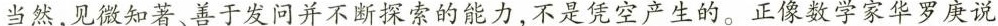
当然，见微知著、善于发问并不断探索的能力，不是凭空产生的。正像数学家华罗庚说